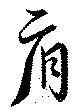
肩